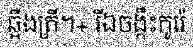
ឆ្អឹងត្រី។+ រីឯចង្កឹះកូរ៉េ